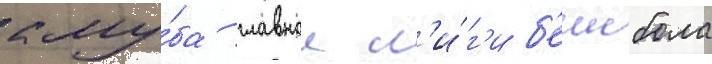
клу́ба главнои л'и́г'и б'еисбола